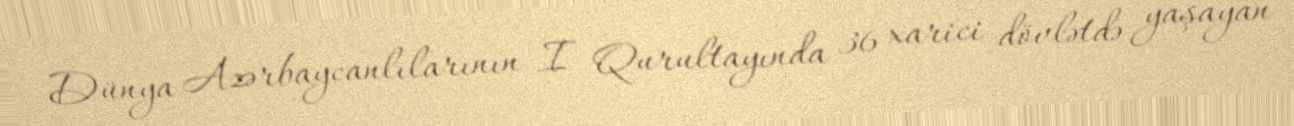
Dünya Azərbaycanlılarının I Qurultayında 36 xarici dövlətdə yaşayan